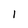
Character: I